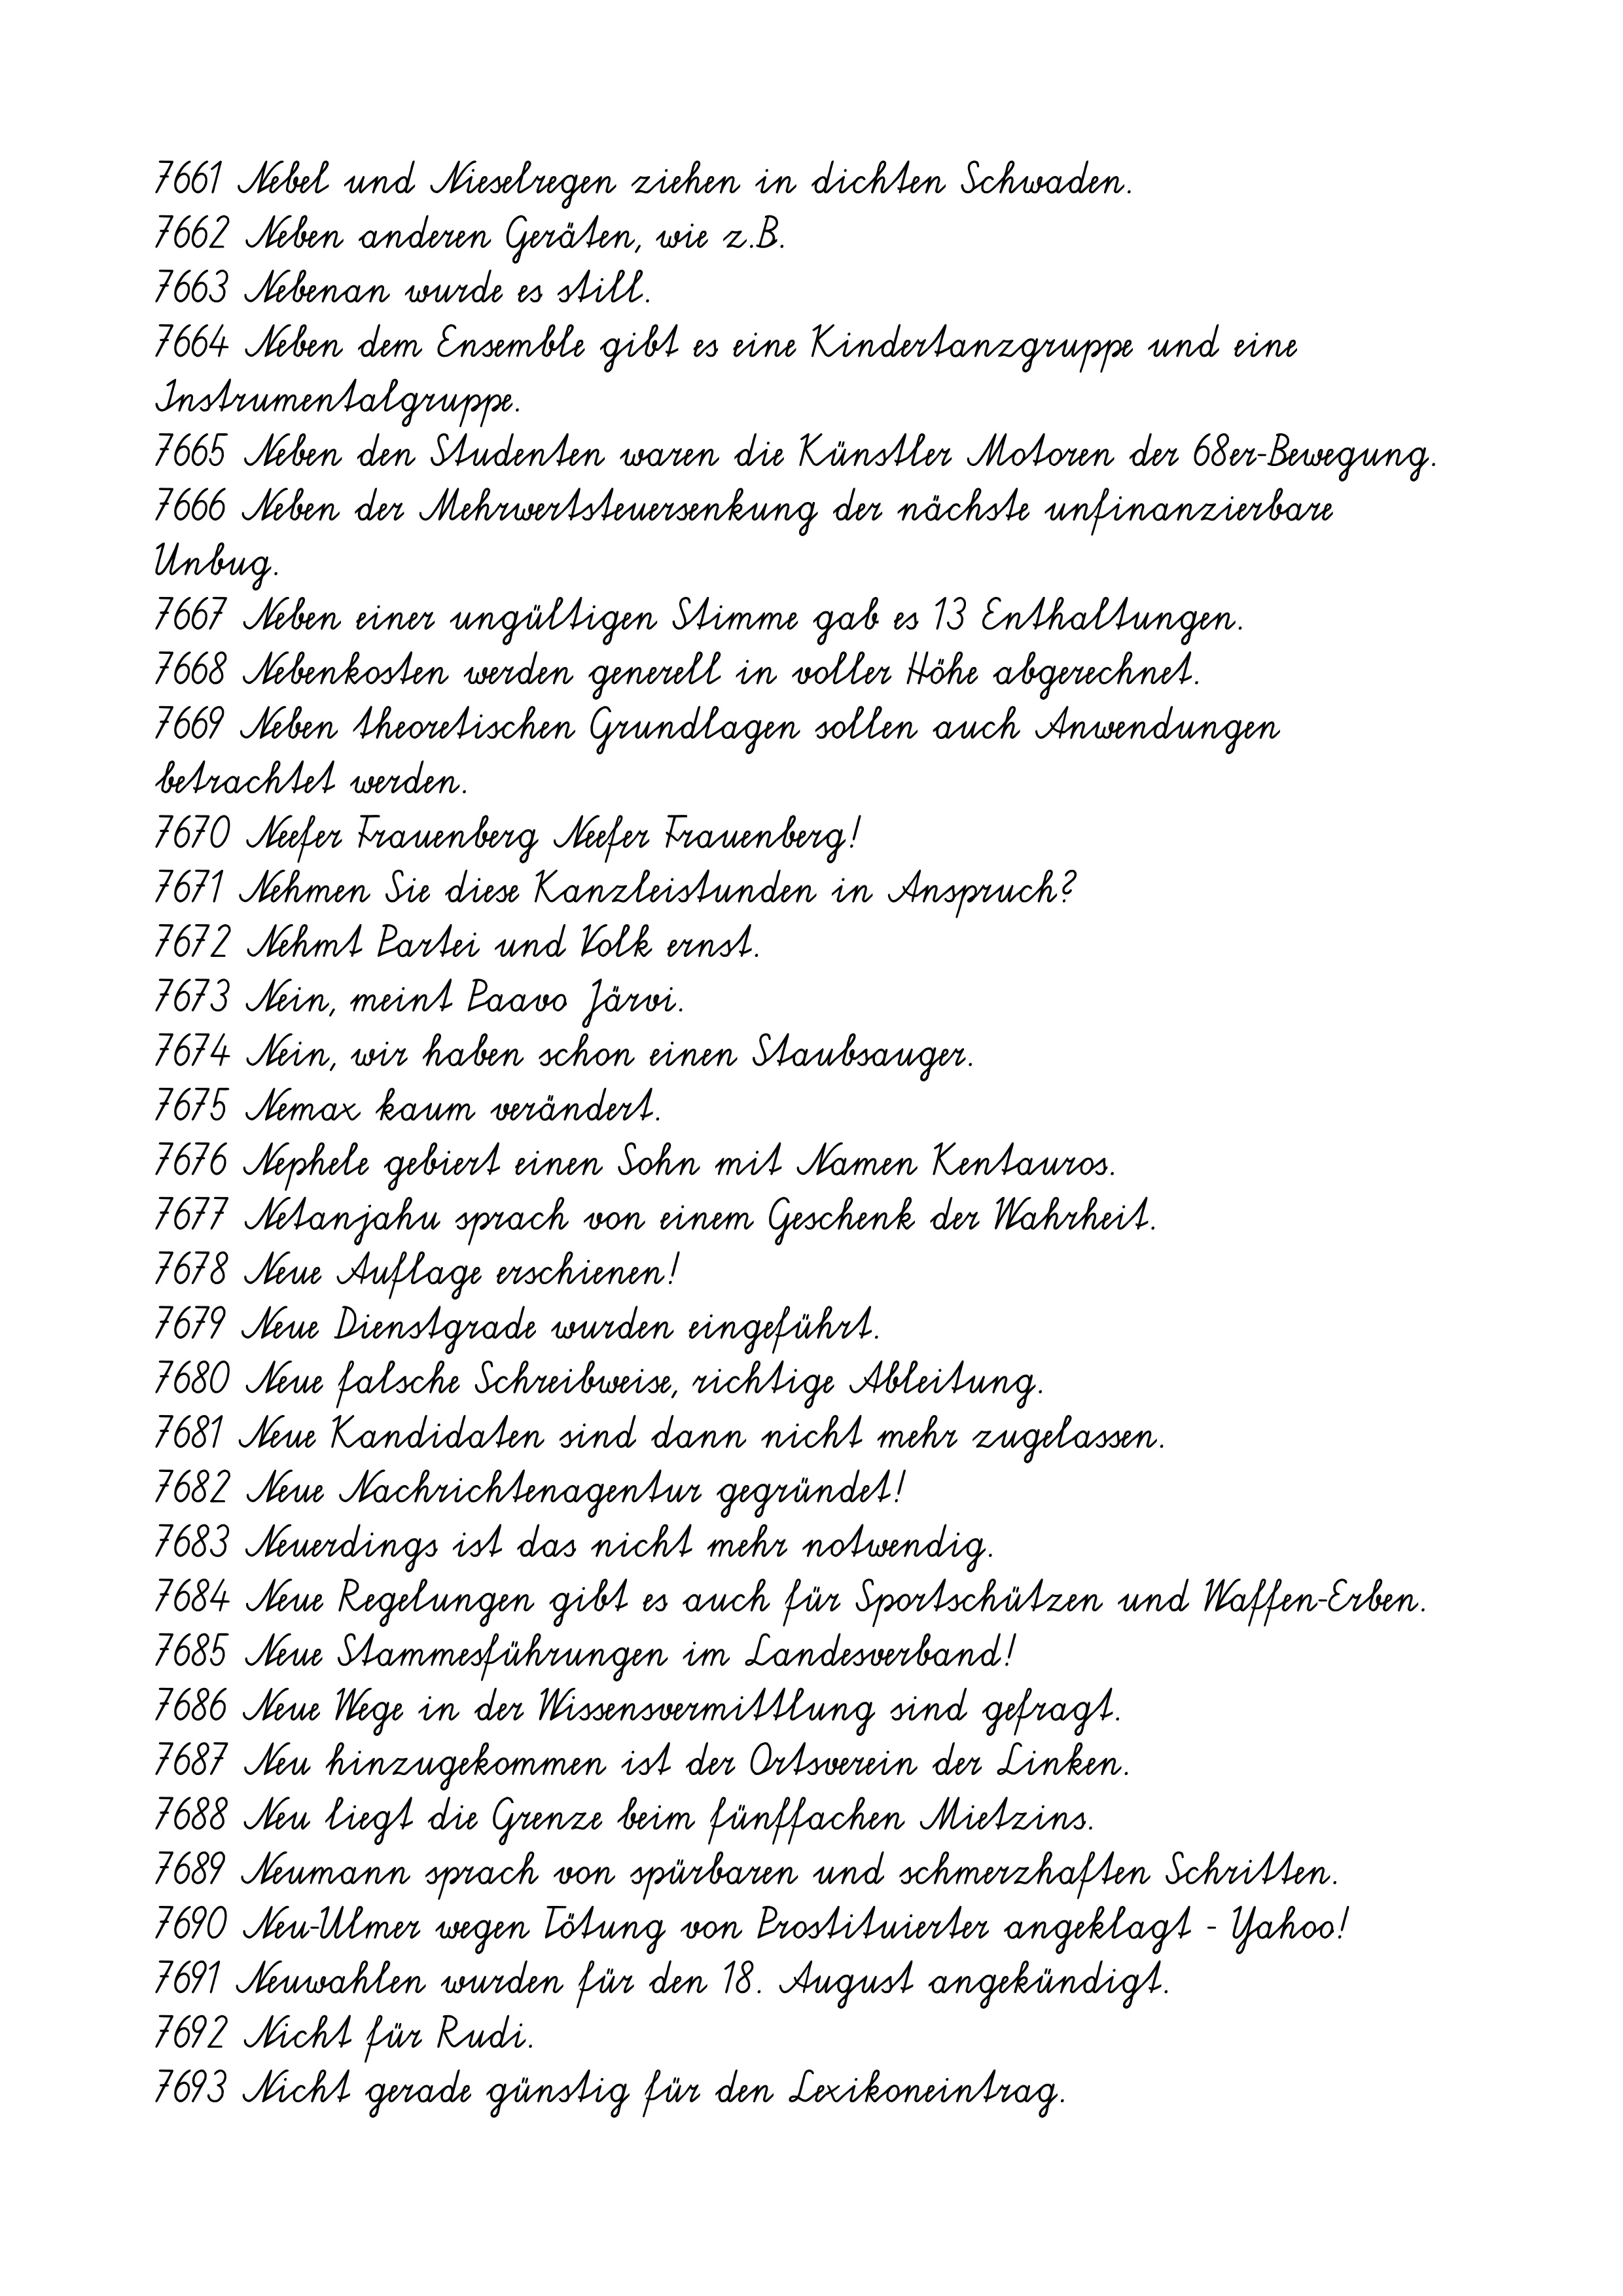
7661 Nebel und Nieselregen ziehen in dichten Schwaden.
7662 Neben anderen Geräten, wie z.B.
7663 Nebenan wurde es still.
7664 Neben dem Ensemble gibt es eine Kindertanzgruppe und eine
Instrumentalgruppe.
7665 Neben den Studenten waren die Künstler Motoren der 68er-Bewegung.
7666 Neben der Mehrwertsteuersenkung der nächste unfinanzierbare
Unbug.
7667 Neben einer ungültigen Stimme gab es 13 Enthaltungen.
7668 Nebenkosten werden generell in voller Höhe abgerechnet.
7669 Neben theoretischen Grundlagen sollen auch Anwendungen
betrachtet werden.
7670 Neefer Frauenberg Neefer Frauenberg!
7671 Nehmen Sie diese Kanzleistunden in Anspruch?
7672 Nehmt Partei und Volk ernst.
7673 Nein, meint Paavo Järvi.
7674 Nein, wir haben schon einen Staubsauger.
7675 Nemax kaum verändert.
7676 Nephele gebiert einen Sohn mit Namen Kentauros.
7677 Netanjahu sprach von einem Geschenk der Wahrheit.
7678 Neue Auflage erschienen!
7679 Neue Dienstgrade wurden eingeführt.
7680 Neue falsche Schreibweise, richtige Ableitung.
7681 Neue Kandidaten sind dann nicht mehr zugelassen.
7682 Neue Nachrichtenagentur gegründet!
7683 Neuerdings ist das nicht mehr notwendig.
7684 Neue Regelungen gibt es auch für Sportschützen und Waffen-Erben.
7685 Neue Stammesführungen im Landesverband!
7686 Neue Wege in der Wissensvermittlung sind gefragt.
7687 Neu hinzugekommen ist der Ortsverein der Linken.
7688 Neu liegt die Grenze beim fünffachen Mietzins.
7689 Neumann sprach von spürbaren und schmerzhaften Schritten.
7690 Neu-Ulmer wegen Tötung von Prostituierter angeklagt - Yahoo!
7691 Neuwahlen wurden für den 18. August angekündigt.
7692 Nicht für Rudi.
7693 Nicht gerade günstig für den Lexikoneintrag.